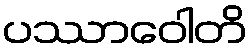
ပဿာဝေါတိ